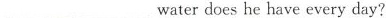
___ ___water does he have every day?